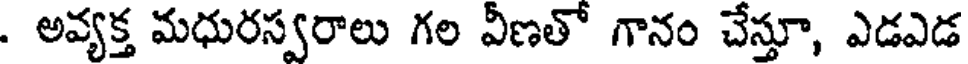
. అవ్యక్త మధురస్వరాలు గల వీణతో గానం చేస్తూ, ఎడఎడ